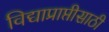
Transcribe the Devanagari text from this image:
विद्याप्राप्तीसाठी